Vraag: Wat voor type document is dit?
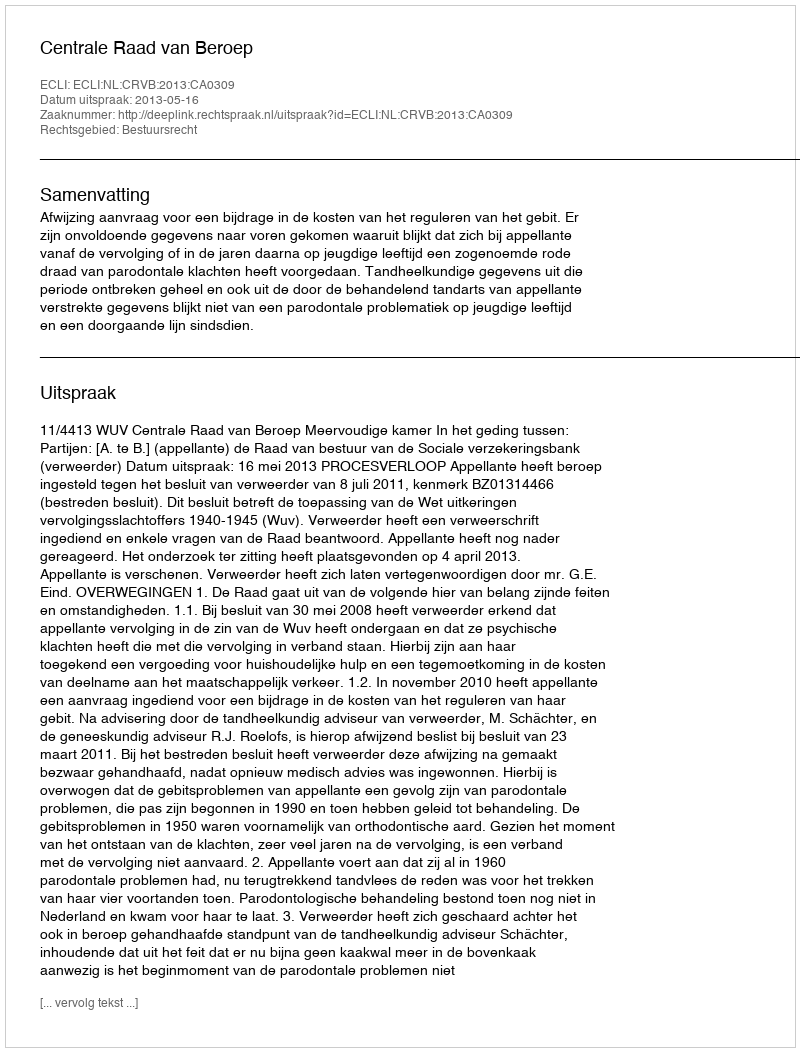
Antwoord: Uitspraak